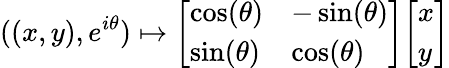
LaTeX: ((x,y),e^{i\theta})\mapsto{\left[\begin{array}{ll}{\cos(\theta)}&{-\sin(\theta)}\\ {\sin(\theta)}&{\cos(\theta)}\end{array}\right]}{\left[\begin{array}{l}{x}\\ {y}\end{array}\right]}